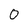
Character: 0